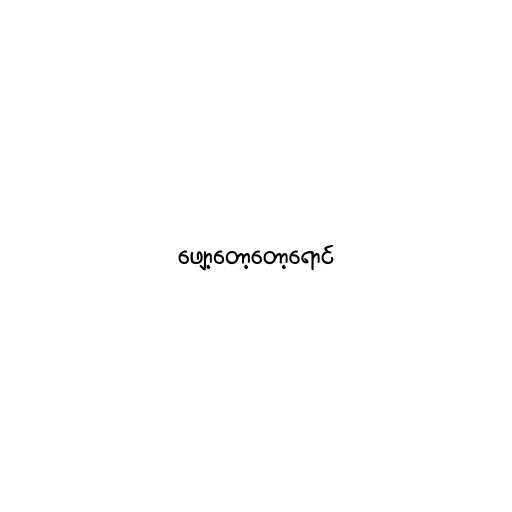
ဖျော့တော့တော့ရောင်